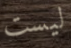
ليست